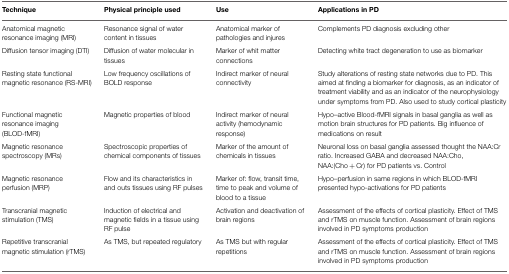
| Technique | Physical principle used | Use | Applications in PD |
 | --- | --- | --- | --- |
 | Anatomical magnetic resonance imaging (MRI) | Resonance signal of water content in tissues | Anatomical marker of pathologies and injures | Complements PD diagnosis excluding other |
 | Diffusion tensor imaging (DTI) | Diffusion of water molecular in tissues | Marker of whit matter connections | Detecting white tract degeneration to use as biomarker |
 | Resting state functional magnetic resonance (RS-MRI) | Low frequency oscillations of BOLD response | Indirect marker of neural connectivity | Study alterations of resting state networks due to PD. This aimed at finding a biomarker for diagnosis, as an indicator of treatment viability and as an indicator of the neurophysiology under symptoms from PD. Also used to study cortical plasticity |
 | Functional magnetic resonance imaging (BLOD-fMRI) | Magnetic properties of blood | Indirect marker of neural activity (hemodynamic response) | Hypo–active Blood-fMRI signals in basal ganglia as well as motion brain structures for PD patients. Big influence of medications on result |
 | Magnetic resonance spectroscopy (MRs) | Spectroscopic properties of chemical components of tissues | Marker of the amount of chemicals in tissues | Neuronal loss on basal ganglia assessed thought the NAA:Cr ratio. Increased GABA and decreased NAA:Cho, NAA:(Cho + Cr) for PD patients vs. Control |
 | Magnetic resonance perfusion (MRP) | Flow and its characteristics in and outs tissues using RF pulses | Marker of: flow, transit time, time to peak and volume of blood to a tissue | Hypo–perfusion in same regions in which BLOD-fMRI presented hypo-activations for PD patients |
 | Transcranial magnetic stimulation (TMS) | Induction of electrical and magnetic fields in a tissue using RF pulse | Activation and deactivation of brain regions | Assessment of the effects of cortical plasticity. Effect of TMS and rTMS on muscle function. Assessment of brain regions involved in PD symptoms production |
 | Repetitive transcranial magnetic stimulation (rTMS) | As TMS, but repeated regulatory | As TMS but with regular repetitions | Assessment of the effects of cortical plasticity. Effect of TMS and rTMS on muscle function. Assessment of brain regions involved in PD symptoms production |